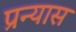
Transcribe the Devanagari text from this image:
प्रन्‍यास